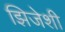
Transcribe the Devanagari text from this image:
झिजेशी